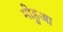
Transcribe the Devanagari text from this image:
मोहुआ